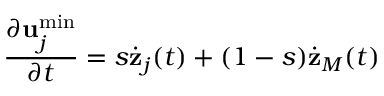
\frac { \partial { \bf u } _ { j } ^ { \operatorname * { m i n } } } { \partial t } = s \dot { { \bf z } } _ { j } ( t ) + ( 1 - s ) \dot { { \bf z } } _ { M } ( t )